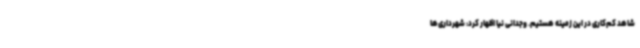
شاهد کم‌کاری در این زمینه هستیم. وجدانی نیا اظهار کرد: شهرداری‌ها